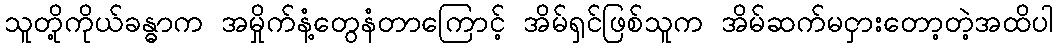
သူတို့ကိုယ်ခန္ဓာက အမှိုက်နံ့တွေနံတာကြောင့် အိမ်ရှင်ဖြစ်သူက အိမ်ဆက်မငှားတော့တဲ့အထိပါ